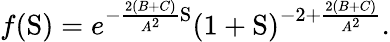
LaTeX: f(\mathrm{S})=e^{-\frac{2(B+C)}{A^{2}}\mathrm{S}}(1+\mathrm{S})^{-2+\frac{2(B+C)}{A^{2}}}.